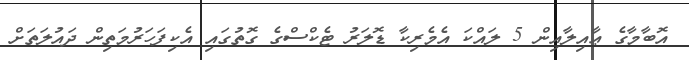
އޮބާމާގެ ޢާއިލާއިން 5 ލައްކަ އެމެރިކާ ޑޮލަރު ޓެކްސްގެ ގޮތުގައި އެކިފަހަރުމަތިން ދައުލަތަށް